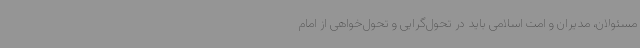
مسئولان، مدیران و امت اسلامی باید در تحول‌گرایی و تحول‌خواهی از امام